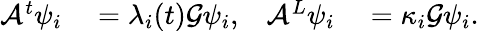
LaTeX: \begin{array}{rlrl}{\mathcal{A}^{t}\psi_{i}}&{{}=\lambda_{i}(t)\mathcal{G}\psi_{i},}&{\mathcal{A}^{L}\psi_{i}}&{{}=\kappa_{i}\mathcal{G}\psi_{i}.}\end{array}